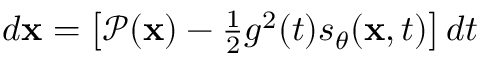
\begin{array} { r } { d \mathbf { x } = \left[ \mathcal { P } ( \mathbf { x } ) - \frac { 1 } { 2 } g ^ { 2 } ( t ) s _ { \theta } ( \mathbf { x } , t ) \right] d t } \end{array}